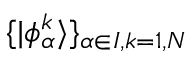
\{ \vert \phi _ { \alpha } ^ { k } \rangle \} _ { \alpha \in I , k = 1 , N }